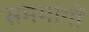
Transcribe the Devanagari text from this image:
समभागों